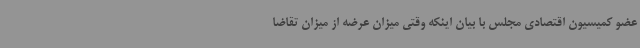
عضو کمیسیون اقتصادی مجلس با بیان اینکه وقتی میزان عرضه از میزان تقاضا